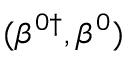
( \beta ^ { 0 \dag } , \beta ^ { 0 } )